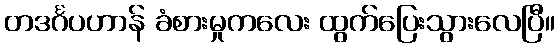
တဒင်္ဂပဟာန် ခံစားမှုကလေး ထွက်ပြေးသွားလေပြီ။